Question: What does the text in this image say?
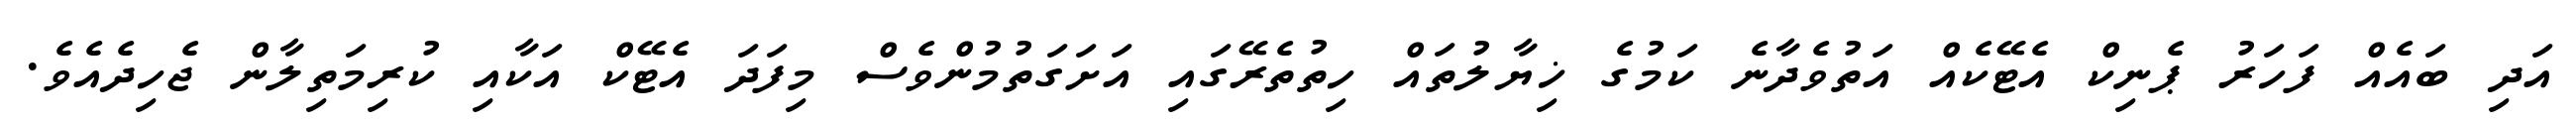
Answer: އަދި ބައެއް ފަހަރު ޕެނިކް އެޓޭކެއް އަތުވެދާނެ ކަމުގެ ޚިޔާލުތައް ހިތުތެރޭގައި އަށަގަތުމުންވެސް މިފަދަ އެޓޭކް އަކާއި ކުރިމަތިލާން ޖެހިދެއެވެ.